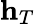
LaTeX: \textbf{h}_{T}